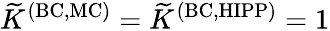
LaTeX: \widetilde{K}^{\mathrm{(BC,MC)}}=\widetilde{K}^{\mathrm{(BC,HIPP)}}=1